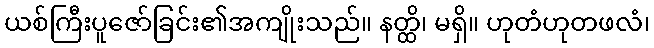
ယစ်ကြီးပူဇော်ခြင်း၏အကျိုးသည်။ နတ္ထိ၊ မရှိ။ ဟုတံဟုတဖလံ၊